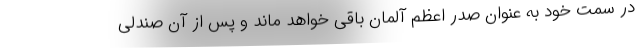
در سمت خود به عنوان صدر اعظم آلمان باقی خواهد ماند و پس از آن صندلی